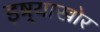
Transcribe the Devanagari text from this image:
इष्र्याखोर